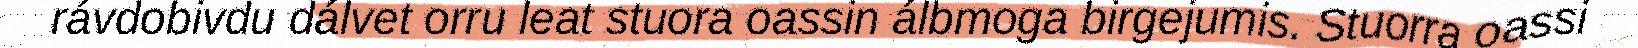
rávdobivdu dálvet orru leat stuora oassin álbmoga birgejumis. Stuorra oassi